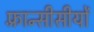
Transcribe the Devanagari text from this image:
फ़्रान्सीसीयों